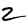
Digit: 2